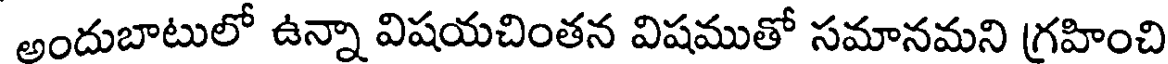
అందుబాటులో ఉన్నా విషయచింతన విషముతో సమానమని గ్రహించి